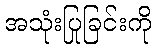
အသုံးပြုခြင်းကို